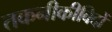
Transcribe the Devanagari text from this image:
तकनीकीविदों